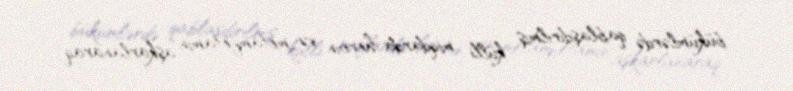
bükümlərdə qablaşdırılmış külli miqdarda heroin və metamfetamin aşkarlanaraq